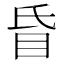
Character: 𥄇